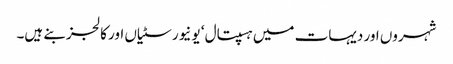
شہروں اور دیہات میں ہسپتال ‘ یونیورسٹیاں اور کالجز بنے ہیں۔